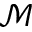
\mathcal { M }